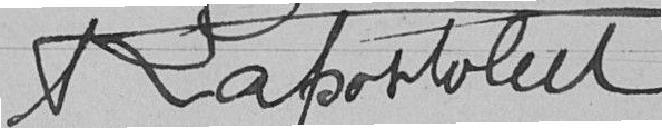
Raportolet